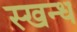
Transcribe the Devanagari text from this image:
स्खन्ध